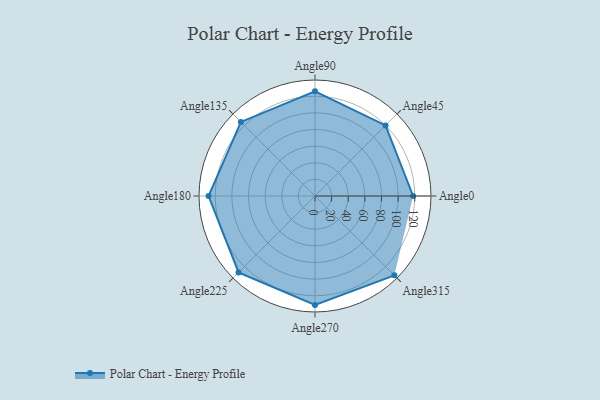
{"axis": {"x": "Angle", "y": "Radius"}, "legend": [""], "data": [{"x": "Angle0", "y": 118.0, "type": ""}, {"x": "Angle45", "y": 120.0, "type": ""}, {"x": "Angle90", "y": 126.0, "type": ""}, {"x": "Angle135", "y": 126.0, "type": ""}, {"x": "Angle180", "y": 128.0, "type": ""}, {"x": "Angle225", "y": 130.0, "type": ""}, {"x": "Angle270", "y": 131.0, "type": ""}, {"x": "Angle315", "y": 135.0, "type": ""}]}